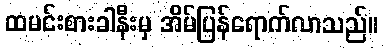
ထမင်းစားခါနီးမှ အိမ်ပြန်ရောက်လာသည်။